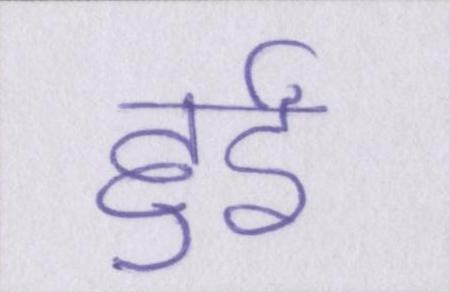
हुईं